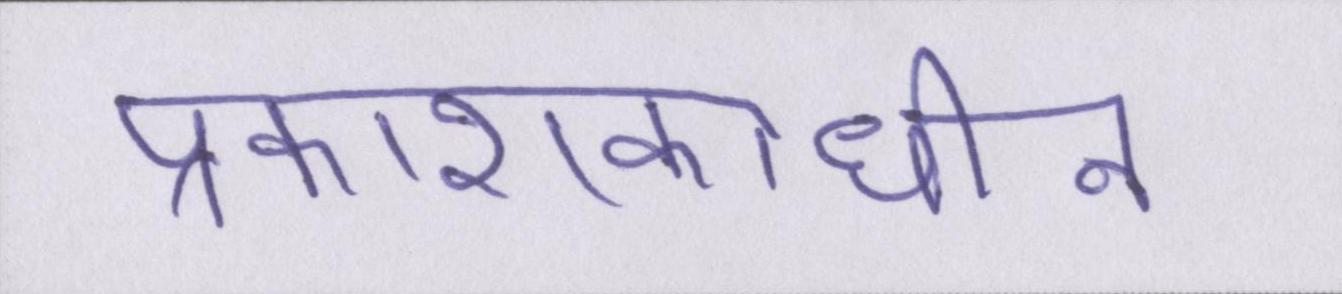
प्रकाशकाधीन